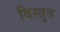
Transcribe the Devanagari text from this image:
विस्तुत